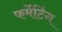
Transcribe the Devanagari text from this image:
फर्मेंटिंग